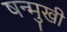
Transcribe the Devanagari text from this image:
षन्मुखी